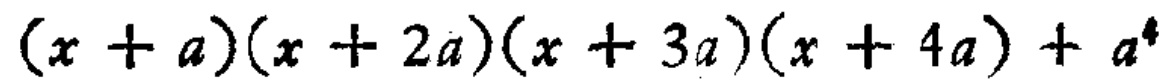
\((x + a)(x + 2a)(x + 3a)(x + 4a)+a^{4}\)